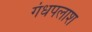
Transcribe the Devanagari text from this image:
गंधपलाश